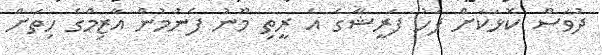
ދުވަސް ކޮޅަކަށް ފަހު ފަރީޝާގެ އެ ރީތި މޫނު ފެނުމުން އާޒިމްގެ ހިތަށް